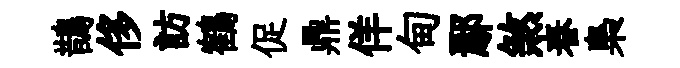
鵲侈訪鶴促鼎佯甸鄢煞春梟